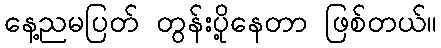
နေ့ညမပြတ် တွန်းပို့နေတာ ဖြစ်တယ်။